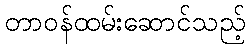
တာဝန်ထမ်းဆောင်သည့်